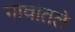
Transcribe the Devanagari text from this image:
गावांतले